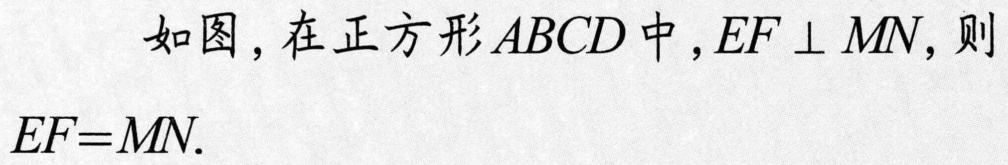
如图，在正方形\(ABCD\)中，\(EF \perp MN\)，则
\(EF = MN\).